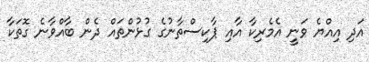
އަދި އިއްޔެ ވަނީ އެމެރިކާ އާއި ޕާކިސްތާނުގެ ގުޅުންތައް ދެން ބާއްވާނެ ގޮތަކާ